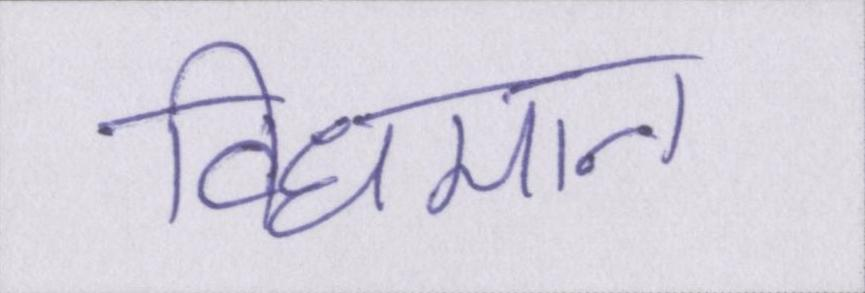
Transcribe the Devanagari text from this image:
विधमान